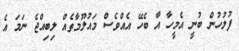
ފުލުހުން ބުނީ އެމީހާ އާ ބެހޭ އެއްވެސް މައުލޫމާތެއް ލިބިއްޖެ ނަމަ އެ